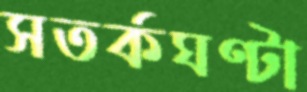
সতর্কঘণ্টা